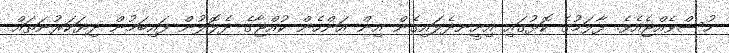
ހުސްވެއްޖެއެވެ. ފާލަމުގެ ކޮޅުގައި އިށީނދެލައިގެން އިން އަންހެން ކުއްޖާގެ ދެލޮލުން ފައިބަމުން ދިޔަކަރުނަތައް